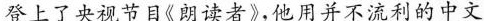
登上了央视节目《朗读者》，他用并不流利的中文